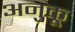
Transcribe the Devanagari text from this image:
अनुकू